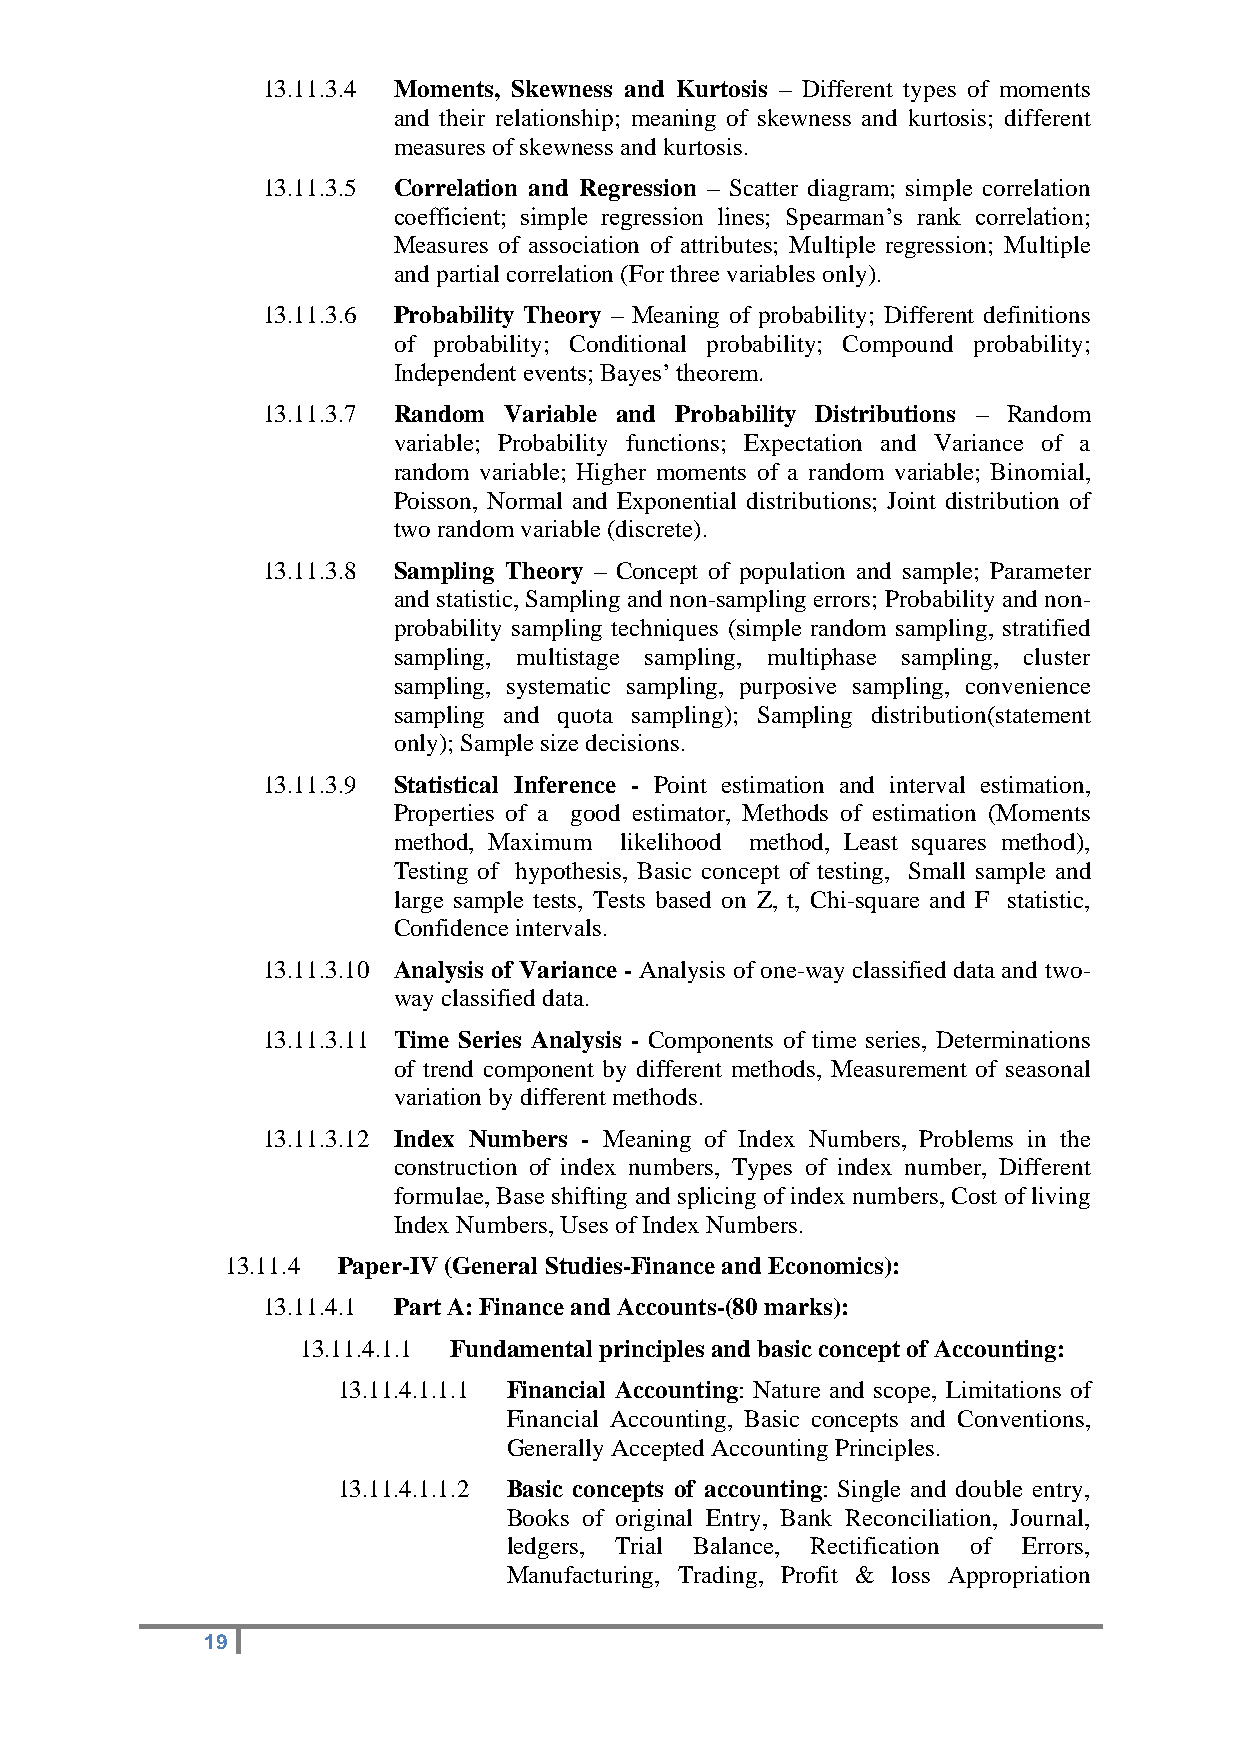
13.11.3.4 Moments, Skewness and Kurtosis – Different types of moments
 and their relationship; meaning of skewness and kurtosis; different
 measures of skewness and kurtosis.
 13.11.3.5 Correlation and Regression – Scatter diagram; simple correlation
 coefficient; simple regression lines; Spearman’s rank correlation;
 Measures of association of attributes; Multiple regression; Multiple
 and partial correlation (For three variables only).
 13.11.3.6 Probability Theory – Meaning of probability; Different definitions
 of probability; Conditional probability; Compound probability;
 Independent events; Bayes’ theorem.
 13.11.3.7 Random Variable and Probability Distributions – Random
 variable; Probability functions; Expectation and Variance of a
 random variable; Higher moments of a random variable; Binomial,
 Poisson, Normal and Exponential distributions; Joint distribution of
 two random variable (discrete).
 13.11.3.8 Sampling Theory – Concept of population and sample; Parameter
 and statistic, Sampling and non-sampling errors; Probability and non-
 probability sampling techniques (simple random sampling, stratified
 sampling, multistage sampling, multiphase sampling, cluster
 sampling, systematic sampling, purposive sampling, convenience
 sampling and quota sampling); Sampling distribution(statement
 only); Sample size decisions.
 13.11.3.9 Statistical Inference - Point estimation and interval estimation,
 Properties of a good estimator, Methods of estimation (Moments
 method, Maximum likelihood method, Least squares method),
 Testing of hypothesis, Basic concept of testing, Small sample and
 large sample tests, Tests based on Z, t, Chi-square and F statistic,
 Confidence intervals.
 13.11.3.10 Analysis of Variance - Analysis of one-way classified data and two-
 way classified data.
 13.11.3.11 Time Series Analysis - Components of time series, Determinations
 of trend component by different methods, Measurement of seasonal
 variation by different methods.
 13.11.3.12 Index Numbers - Meaning of Index Numbers, Problems in the
 construction of index numbers, Types of index number, Different
 formulae, Base shifting and splicing of index numbers, Cost of living
 Index Numbers, Uses of Index Numbers.
 13.11.4 Paper-IV (General Studies-Finance and Economics):
 13.11.4.1 Part A: Finance and Accounts-(80 marks):
 13.11.4.1.1 Fundamental principles and basic concept of Accounting:
 13.11.4.1.1.1 Financial Accounting: Nature and scope, Limitations of
 Financial Accounting, Basic concepts and Conventions,
 Generally Accepted Accounting Principles.
 13.11.4.1.1.2 Basic concepts of accounting: Single and double entry,
 Books of original Entry, Bank Reconciliation, Journal,
 ledgers, Trial Balance, Rectification of Errors,
 Manufacturing, Trading, Profit & loss Appropriation
 19